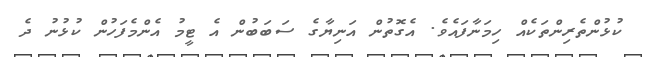
ކުޅުންތެރިންތަކެއް ހިމަނާފައެވެ. އެގޮތުން އަނިޔާގެ ސަބަބުން އެ ޓީމު އެންމެފަހުން ކުޅުނު ދެ